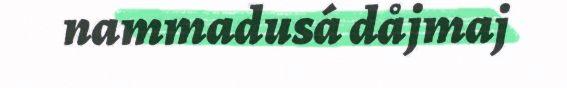
nammadusá dåjmaj